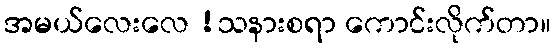
အမယ်လေးလေ !သနားစရာ ကောင်းလိုက်တာ။